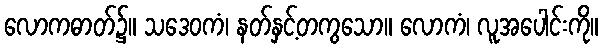
လောကဓာတ်၌။ သဒေဝကံ၊ နတ်နှင့်တကွသော။ လောကံ၊ လူအပေါင်းကို။